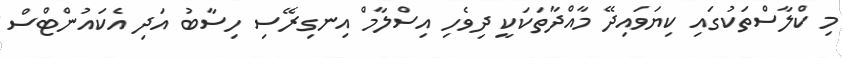
މި ކްލާސްތަކުގައި ކިޔަވައިދޭ މާއްދާތަކަކީ ދިވެހި އިސްލާމް އިނގިރޭސި ހިސާބު އަދި އެކައުންޓްސް